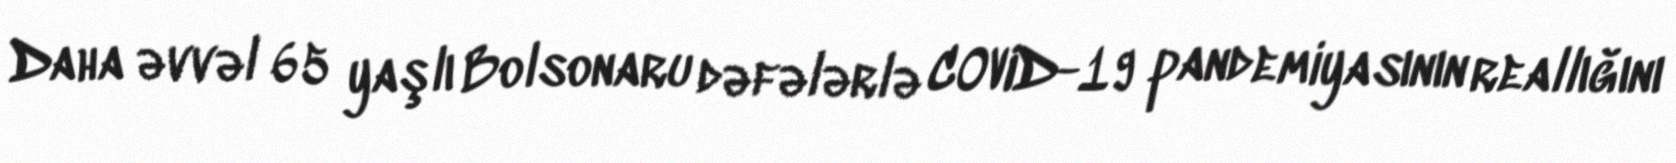
Daha əvvəl 65 yaşlı Bolsonaru dəfələrlə COVID-19 pandemiyasının reallığını